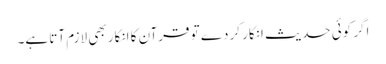
اگر کوئی حدیث انکار کردے تو قرآن کا انکار بھی لازم آتا ہے۔